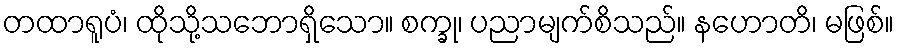
တထာရူပံ၊ ထိုသို့သဘောရှိသော။ စက္ခု၊ ပညာမျက်စိသည်။ နဟောတိ၊ မဖြစ်။